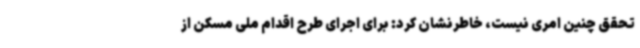
تحقق چنین امری نیست، خاطرنشان کرد: برای اجرای طرح اقدام ملی مسکن از